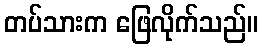
တပ်သားက ဖြေလိုက်သည်။